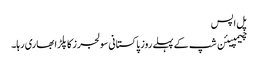
پل اپس
چیمپیئن شپ کے پہلے روز پاکستانی سولجرز کا پلڑا بھاری رہا۔